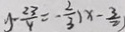
y - \frac { 2 3 } { 4 } = - \frac { 2 } { 3 } ( x - \frac { 3 } { 2 } )